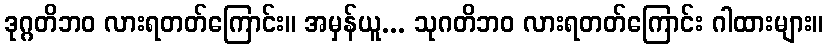
ဒုဂ္ဂတိဘဝ လားရတတ်ကြောင်း။ အမှန်ယူ... သုဂတိဘဝ လားရတတ်ကြောင်း ဂါထားများ။